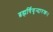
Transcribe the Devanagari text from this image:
ब्रह्मर्षिवृन्दारकः।